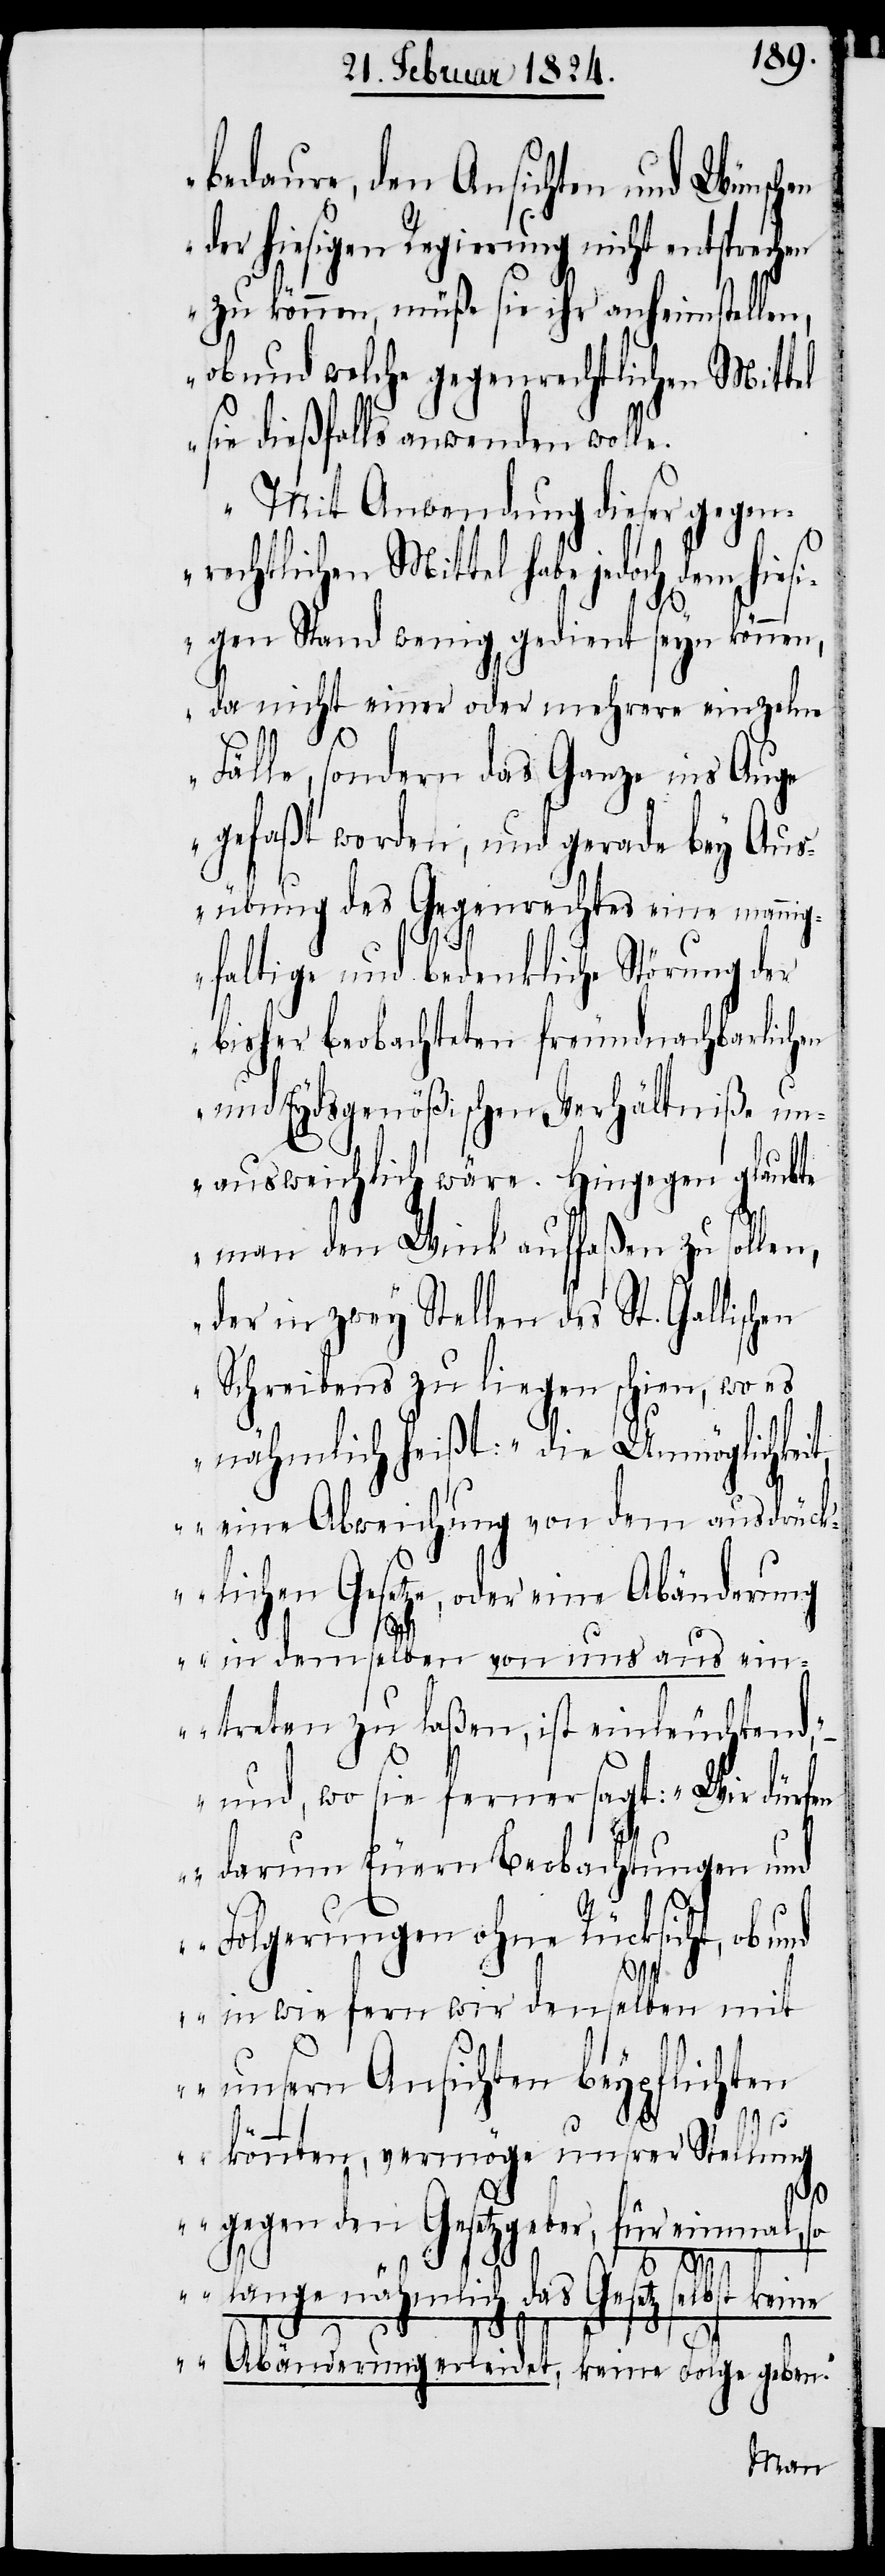
bedaure, den Ansichten und Wünschen
der hiesigen Regierung nicht entsprechen
zu können, müße sie ihr anheimstellen,
ob und welche gegenrechtlichen Mittel
sie dießfalls anwenden woll¬
Mit Anwendung dieser gegen¬
rechtlichen Mittel habe jedoch dem hiesi¬
e.
gen Stand wenig gedient seyn können,
da nicht einer oder mehrere einzelne
Fälle, sondern das Ganze ins Auge
gefaßt worden, und gerade bey Aus¬
übung des Gegenrechtes eine manni¬
gfaltige und bedenkliche Störung der
bisher beobachteten freundnachbarlichen
und Eydsgenößischen Verhältniße un¬
ausweichlich wäre. Hingegen glaubte
man den Wink auffaßen zu sollen,
der in zwey Stellen des St. Gallisch¬
Schreibens zu liegen schien, wo es
nähmlich heißt: „die Unmöglichkei¬
t, eine Abweichung von dem ausdrück¬
lichen Gesetze, oder eine Abänderung
in demselben von uns aus ein¬
treten zu laßen, ist einleuchtend“,
und wo sie ferner sagt: „Wir dürfe¬
n darum Euern Beobachtungen und
Folgerungen ohne Rücksicht, ob und
in wie fern wird denselben mit
unsern Ansichten beypflichten
könnten, vermöge unsrer Stellung
gegen den Gesetzgeber, für einmal, so
en
lange nähmlich das Gesetz selbst k¬
eine Abänderung erleidet, keine Folge geben.“